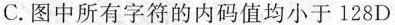
C. 图中所有字符的内码值均小于 128 D